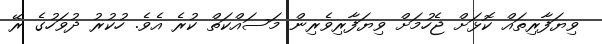
ވިޔަފާރިތައް ކޮޅަށް ޖެހުމަށް ވިޔަފާރިވެރިން މަސައްކަތް ކުރެ އެވެ. ހުކުރު ދުވަހުގެ ރޭ